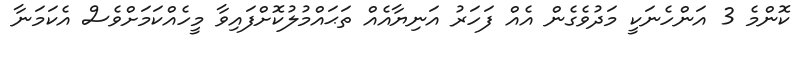
ކޮންމެ 3 އަންހެނަކީ މަދުވެގެން އެއް ފަހަރު އަނިޔާއެއް ތަޙައްމުލުކޮށްފައިވާ މީހެއްކަމަށްވެސް އެކަމަނާ